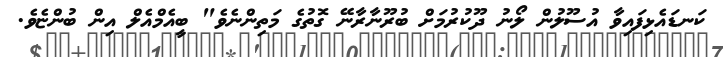
ކަނޑައެޅިފައިވާ އުސޫލުން ލޯނު ދޫކުރުމަށް ބުރޫނާރާނޭ ގޮތުގެ މަތިންނެވެ" ބީއެމްއެލް އިން ބުންޏެވެ.